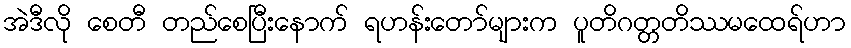
အဲဒီလို စေတီ တည်စေပြီးနောက် ရဟန်းတော်များက ပူတိဂတ္တတိဿမထေရ်ဟာ